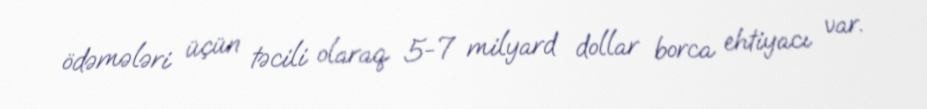
ödəmələri üçün təcili olaraq 5-7 milyard dollar borca ehtiyacı var.